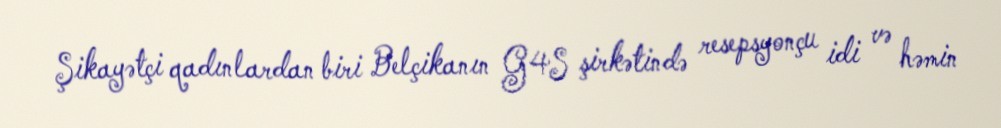
Şikayətçi qadınlardan biri Belçikanın G4S şirkətində resepsyonçu idi və həmin